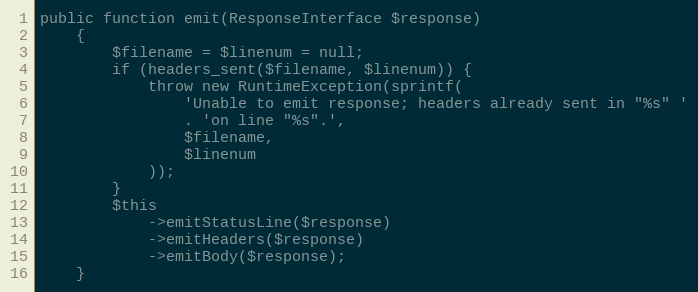
Language: PHP
public function emit(ResponseInterface $response)
    {
        $filename = $linenum = null;
        if (headers_sent($filename, $linenum)) {
            throw new RuntimeException(sprintf(
                'Unable to emit response; headers already sent in "%s" '
                . 'on line "%s".',
                $filename,
                $linenum
            ));
        }
        $this
            ->emitStatusLine($response)
            ->emitHeaders($response)
            ->emitBody($response);
    }